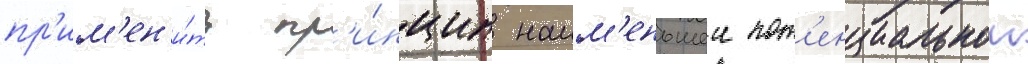
пр'им'ен'и́ть пр'и́нцип наим'еньшеи пот'енциальнои